Source: Handwritten
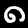
Digit: ၈ (8)